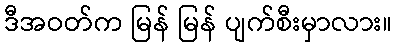
ဒီအဝတ်က မြန် မြန် ပျက်စီးမှာလား။